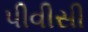
પીવીસી